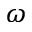
\omega